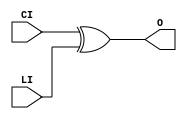
/***************************************************************************
 *                                                                         *
 *   XORCY.v - Simulates the Xilinx primitive of the same name for use     *
 *     with Icarus Verilog.                                                *
 *                                                                         *
 *   Copyright (C) 2005 by Patrick Suggate                                 *
 *   patrick@physics.otago.ac.nz                                           *
 *                                                                         *
 *   This program is free software; you can redistribute it and/or modify  *
 *   it under the terms of the GNU General Public License as published by  *
 *   the Free Software Foundation; either version 2 of the License, or     *
 *   (at your option) any later version.                                   *
 *                                                                         *
 *   This program is distributed in the hope that it will be useful,       *
 *   but WITHOUT ANY WARRANTY; without even the implied warranty of        *
 *   MERCHANTABILITY or FITNESS FOR A PARTICULAR PURPOSE.  See the         *
 *   GNU General Public License for more details.                          *
 *                                                                         *
 *   You should have received a copy of the GNU General Public License     *
 *   along with this program; if not, write to the                         *
 *   Free Software Foundation, Inc.,                                       *
 *   59 Temple Place - Suite 330, Boston, MA  02111-1307, USA.             *
 ***************************************************************************/

module XORCY ( O, CI, LI );
	
	output	O;
	input	CI, LI;
	
	assign	O	= CI ^ LI;
	
endmodule	//	XORCY